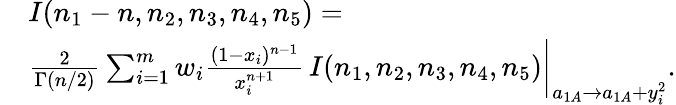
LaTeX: \begin{array}{rl}&{I(n_{1}-n,n_{2},n_{3},n_{4},n_{5})=}\\ &{\frac{2}{\Gamma(n/2)}\sum_{i=1}^{m}w_{i}\frac{(1-x_{i})^{n-1}}{x_{i}^{n+1}}\, I(n_{1},n_{2},n_{3},n_{4},n_{5})\bigg|_{a_{1A}\rightarrow a_{1A}+y_{i}^{2}}.}\end{array}